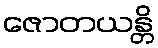
ဇောတယန္တိ